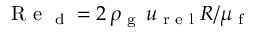
\textup { R e } _ { \textup { d } } = 2 \, \rho _ { \textup { g } } \, u _ { \textup { r e l } } R / \mu _ { \textup { f } }